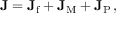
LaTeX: \mathbf { J } = \mathbf { J } _ { \mathrm { f } } + \mathbf { J } _ { \mathrm { M } } + \mathbf { J } _ { \mathrm { P } } \, ,